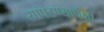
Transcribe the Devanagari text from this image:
सापडण्यापेक्षा